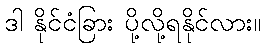
ဒါ နိုင်ငံခြား ပို့လို့ရနိုင်လား။